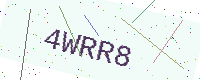
Text: 4WRR8